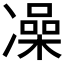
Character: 𫥛